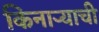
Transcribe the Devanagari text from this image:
किनार्‍याची